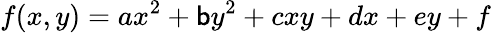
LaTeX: f(x,y)=ax^{2}+\mathsf{b}y^{2}+cxy+dx+ey+f\,